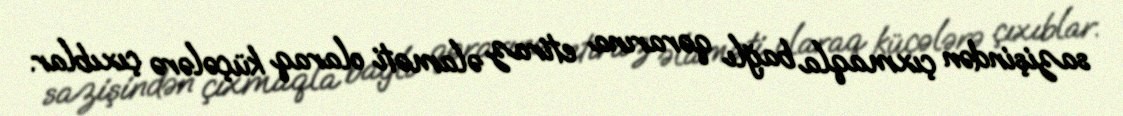
sazişindən çıxmaqla bağlı qərarına etiraz əlaməti olaraq küçələrə çıxıblar.